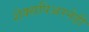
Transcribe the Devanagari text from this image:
शेक्सपिअरनेही